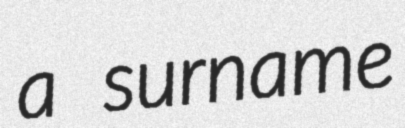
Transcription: a surname